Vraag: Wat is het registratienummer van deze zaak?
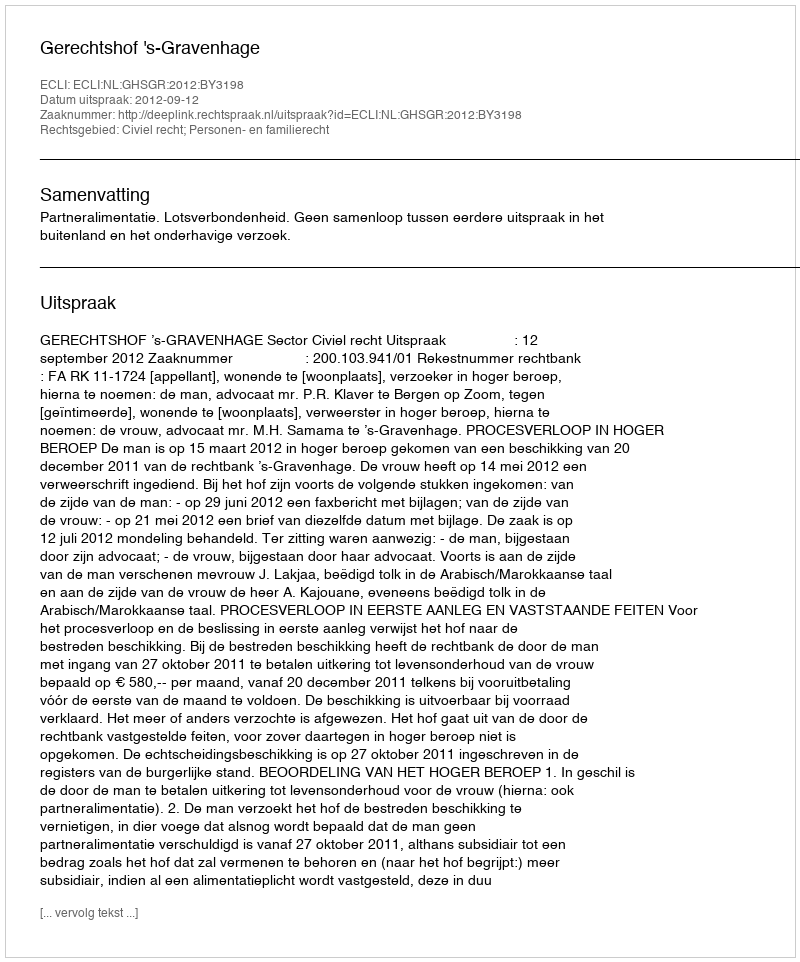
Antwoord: http://deeplink.rechtspraak.nl/uitspraak?id=ECLI:NL:GHSGR:2012:BY3198